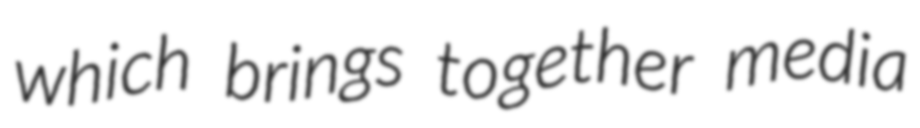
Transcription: which brings together media